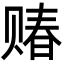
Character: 䞐